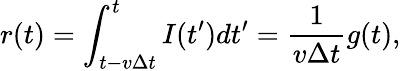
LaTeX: r(t)=\int_{t-v\Delta t}^{t}I(t^{\prime})dt^{\prime}=\frac{1}{v\Delta t}g(t),